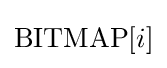
\mathrm {BITMAP} [i]